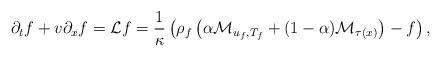
LaTeX: \begin{align*}\partial_t f +v \partial_x f = \mathcal{L}f = \frac{1}{\kappa} \left( \rho_f\left(\alpha \mathcal{M}_{u_f,T_f} +(1-\alpha) \mathcal{M}_{\tau(x)}\right) - f \right), \end{align*}